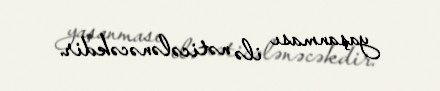
yaşanması ilə nəticələnəcəkdir.